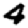
Digit: 4